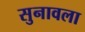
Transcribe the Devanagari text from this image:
सुनावला